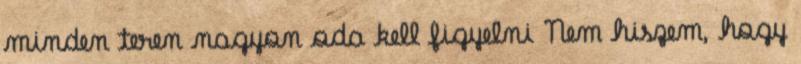
minden teren nagyon oda kell figyelni Nem hiszem, hogy